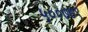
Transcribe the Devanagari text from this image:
५००७७९